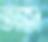
তাজ